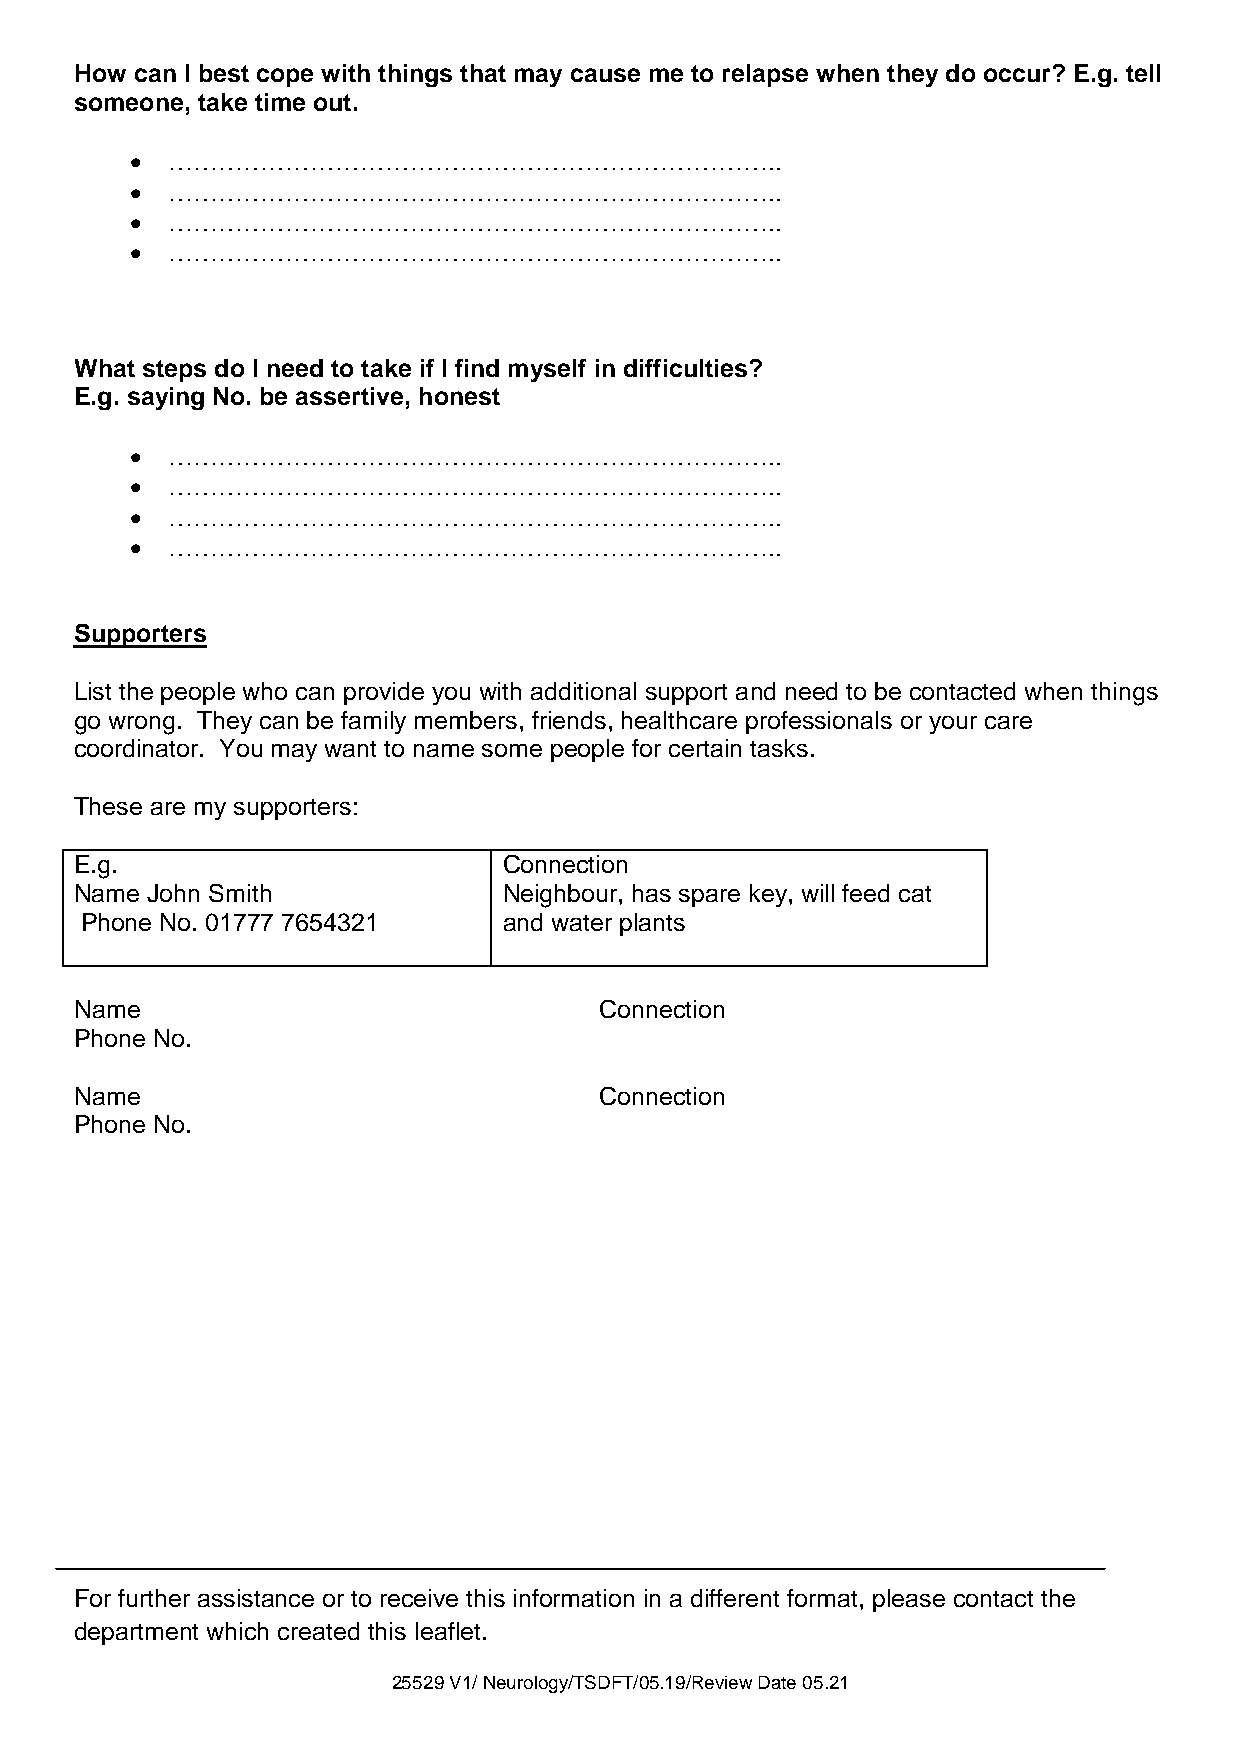
How can I best cope with things that may cause me to relapse when they do occur? E.g. tell
 someone, take time out.
  ………………………………………………………………..
  ………………………………………………………………..
  ………………………………………………………………..
  ………………………………………………………………..
 What steps do I need to take if I find myself in difficulties?
 E.g. saying No. be assertive, honest
  ………………………………………………………………..
  ………………………………………………………………..
  ………………………………………………………………..
  ………………………………………………………………..
 Supporters
 List the people who can provide you with additional support and need to be contacted when things
 go wrong. They can be family members, friends, healthcare professionals or your care
 coordinator. You may want to name some people for certain tasks.
 These are my supporters:
 E.g.                        Connection
 Name John Smith             Neighbour, has spare key, will feed cat
 Phone No. 01777 7654321     a n d w a t e r p l a n t s
 Name                               Connection
 Phone No.
 Name                               Connection
 Phone No.
 For further assistance or to receive this information in a different format, please contact the
 department which created this leaflet.
 25529 V1/ Neurology/TSDFT/05.19/Review Date 05.21